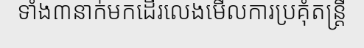
ទាំង៣នាក់មកដើរលេងមើលការប្រគុំតន្ត្រី